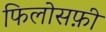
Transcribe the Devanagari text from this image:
फिलोसफ़ी